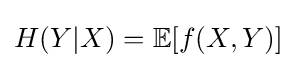
H(Y|X)=\mathbb {E} [f(X,Y)]